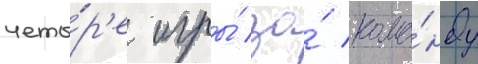
четы́р'е игры́ за́ кома́нду